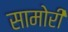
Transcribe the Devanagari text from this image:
सामोरीं